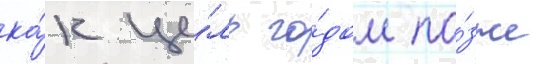
ка́к це́ль го́дом по́зже